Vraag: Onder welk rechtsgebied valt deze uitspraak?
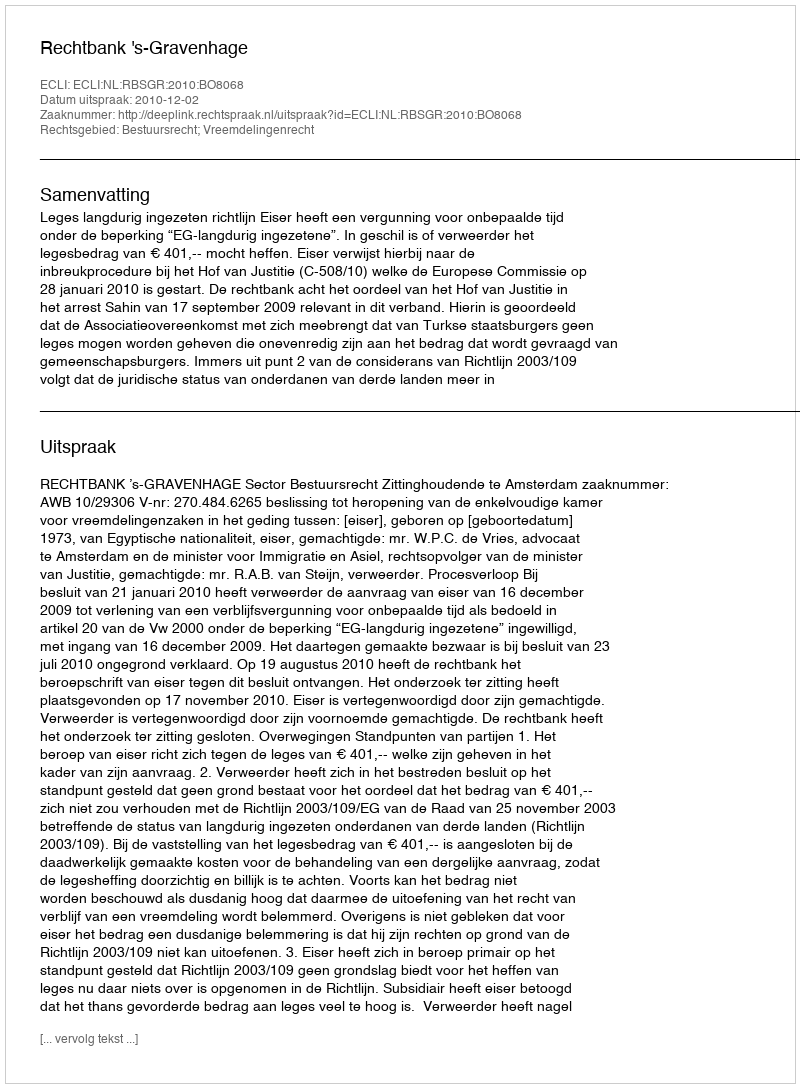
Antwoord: Bestuursrecht; Vreemdelingenrecht